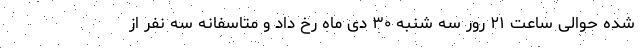
شده حوالی ساعت ۲۱ رور سه شنبه ۳۰ دی ماه رخ داد و متاسفانه سه نفر از